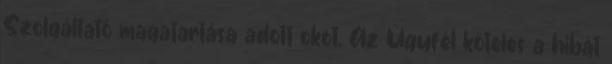
Szolgáltató magatartása adott okot. Az Ügyfél köteles a hibát